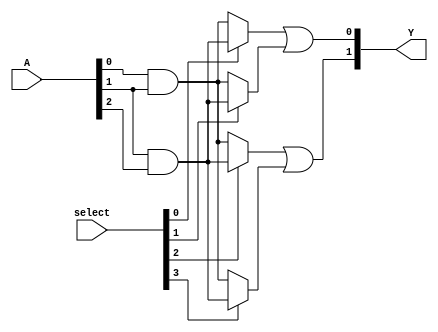
module GPAL (
    input wire [N-1:0] A,        // Input signals (N-bit wide)
    input wire [M-1:0] select,    // Select lines for programming connections
    output wire [P-1:0] Y         // Output signals (P-bit wide)
);

parameter N = 3;                // Number of inputs, set as needed
parameter M = 4;                // Number of AND gates
parameter P = 2;                // Number of OR gates

// Programmable AND array
wire [M-1:0] and_out;          // AND outputs

// Each AND gate is configurable based on the select lines
genvar i;
generate
    for (i = 0; i < M; i = i + 1) begin: and_gates
        assign and_out[i] = 
            (select[i] == 2'b00) ? (A[0] & A[1]) : // AND with A[0] and A[1]
            (select[i] == 2'b01) ? (A[1] & A[2]) : // AND with A[1] and A[2]
            (select[i] == 2'b10) ? (A[0] & A[2]) : // AND with A[0] and A[2]
            (select[i] == 2'b11) ? (A[0] & ~A[1]) : // AND with A[0] and A[1]'
            1'b0; // default case
    end
endgenerate

// Fixed OR array
assign Y[0] = and_out[0] | and_out[1]; // OR gate 1
assign Y[1] = and_out[2] | and_out[3]; // OR gate 2

endmodule